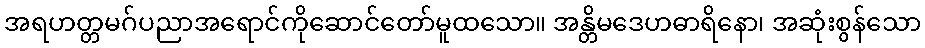
အရဟတ္တမဂ်ပညာအရောင်ကိုဆောင်တော်မူထသော။ အန္တိမဒေဟဓာရိနော၊ အဆုံးစွန်သော